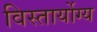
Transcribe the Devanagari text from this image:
विस्तार्योग्य